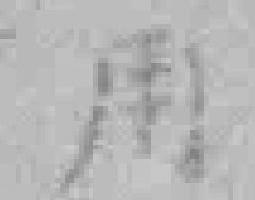
用